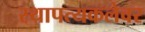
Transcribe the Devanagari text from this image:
स्थापत्यकलेवर